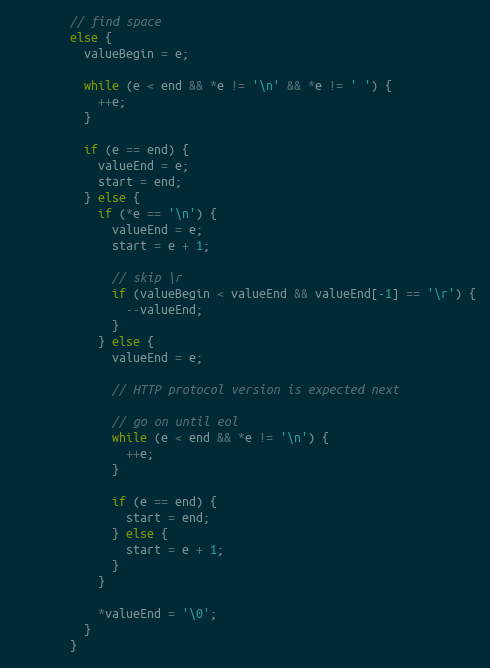
Language: C++
        // find space
        else {
          valueBegin = e;

          while (e < end && *e != '\n' && *e != ' ') {
            ++e;
          }

          if (e == end) {
            valueEnd = e;
            start = end;
          } else {
            if (*e == '\n') {
              valueEnd = e;
              start = e + 1;

              // skip \r
              if (valueBegin < valueEnd && valueEnd[-1] == '\r') {
                --valueEnd;
              }
            } else {
              valueEnd = e;

              // HTTP protocol version is expected next

              // go on until eol
              while (e < end && *e != '\n') {
                ++e;
              }

              if (e == end) {
                start = end;
              } else {
                start = e + 1;
              }
            }

            *valueEnd = '\0';
          }
        }